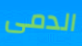
الدمى